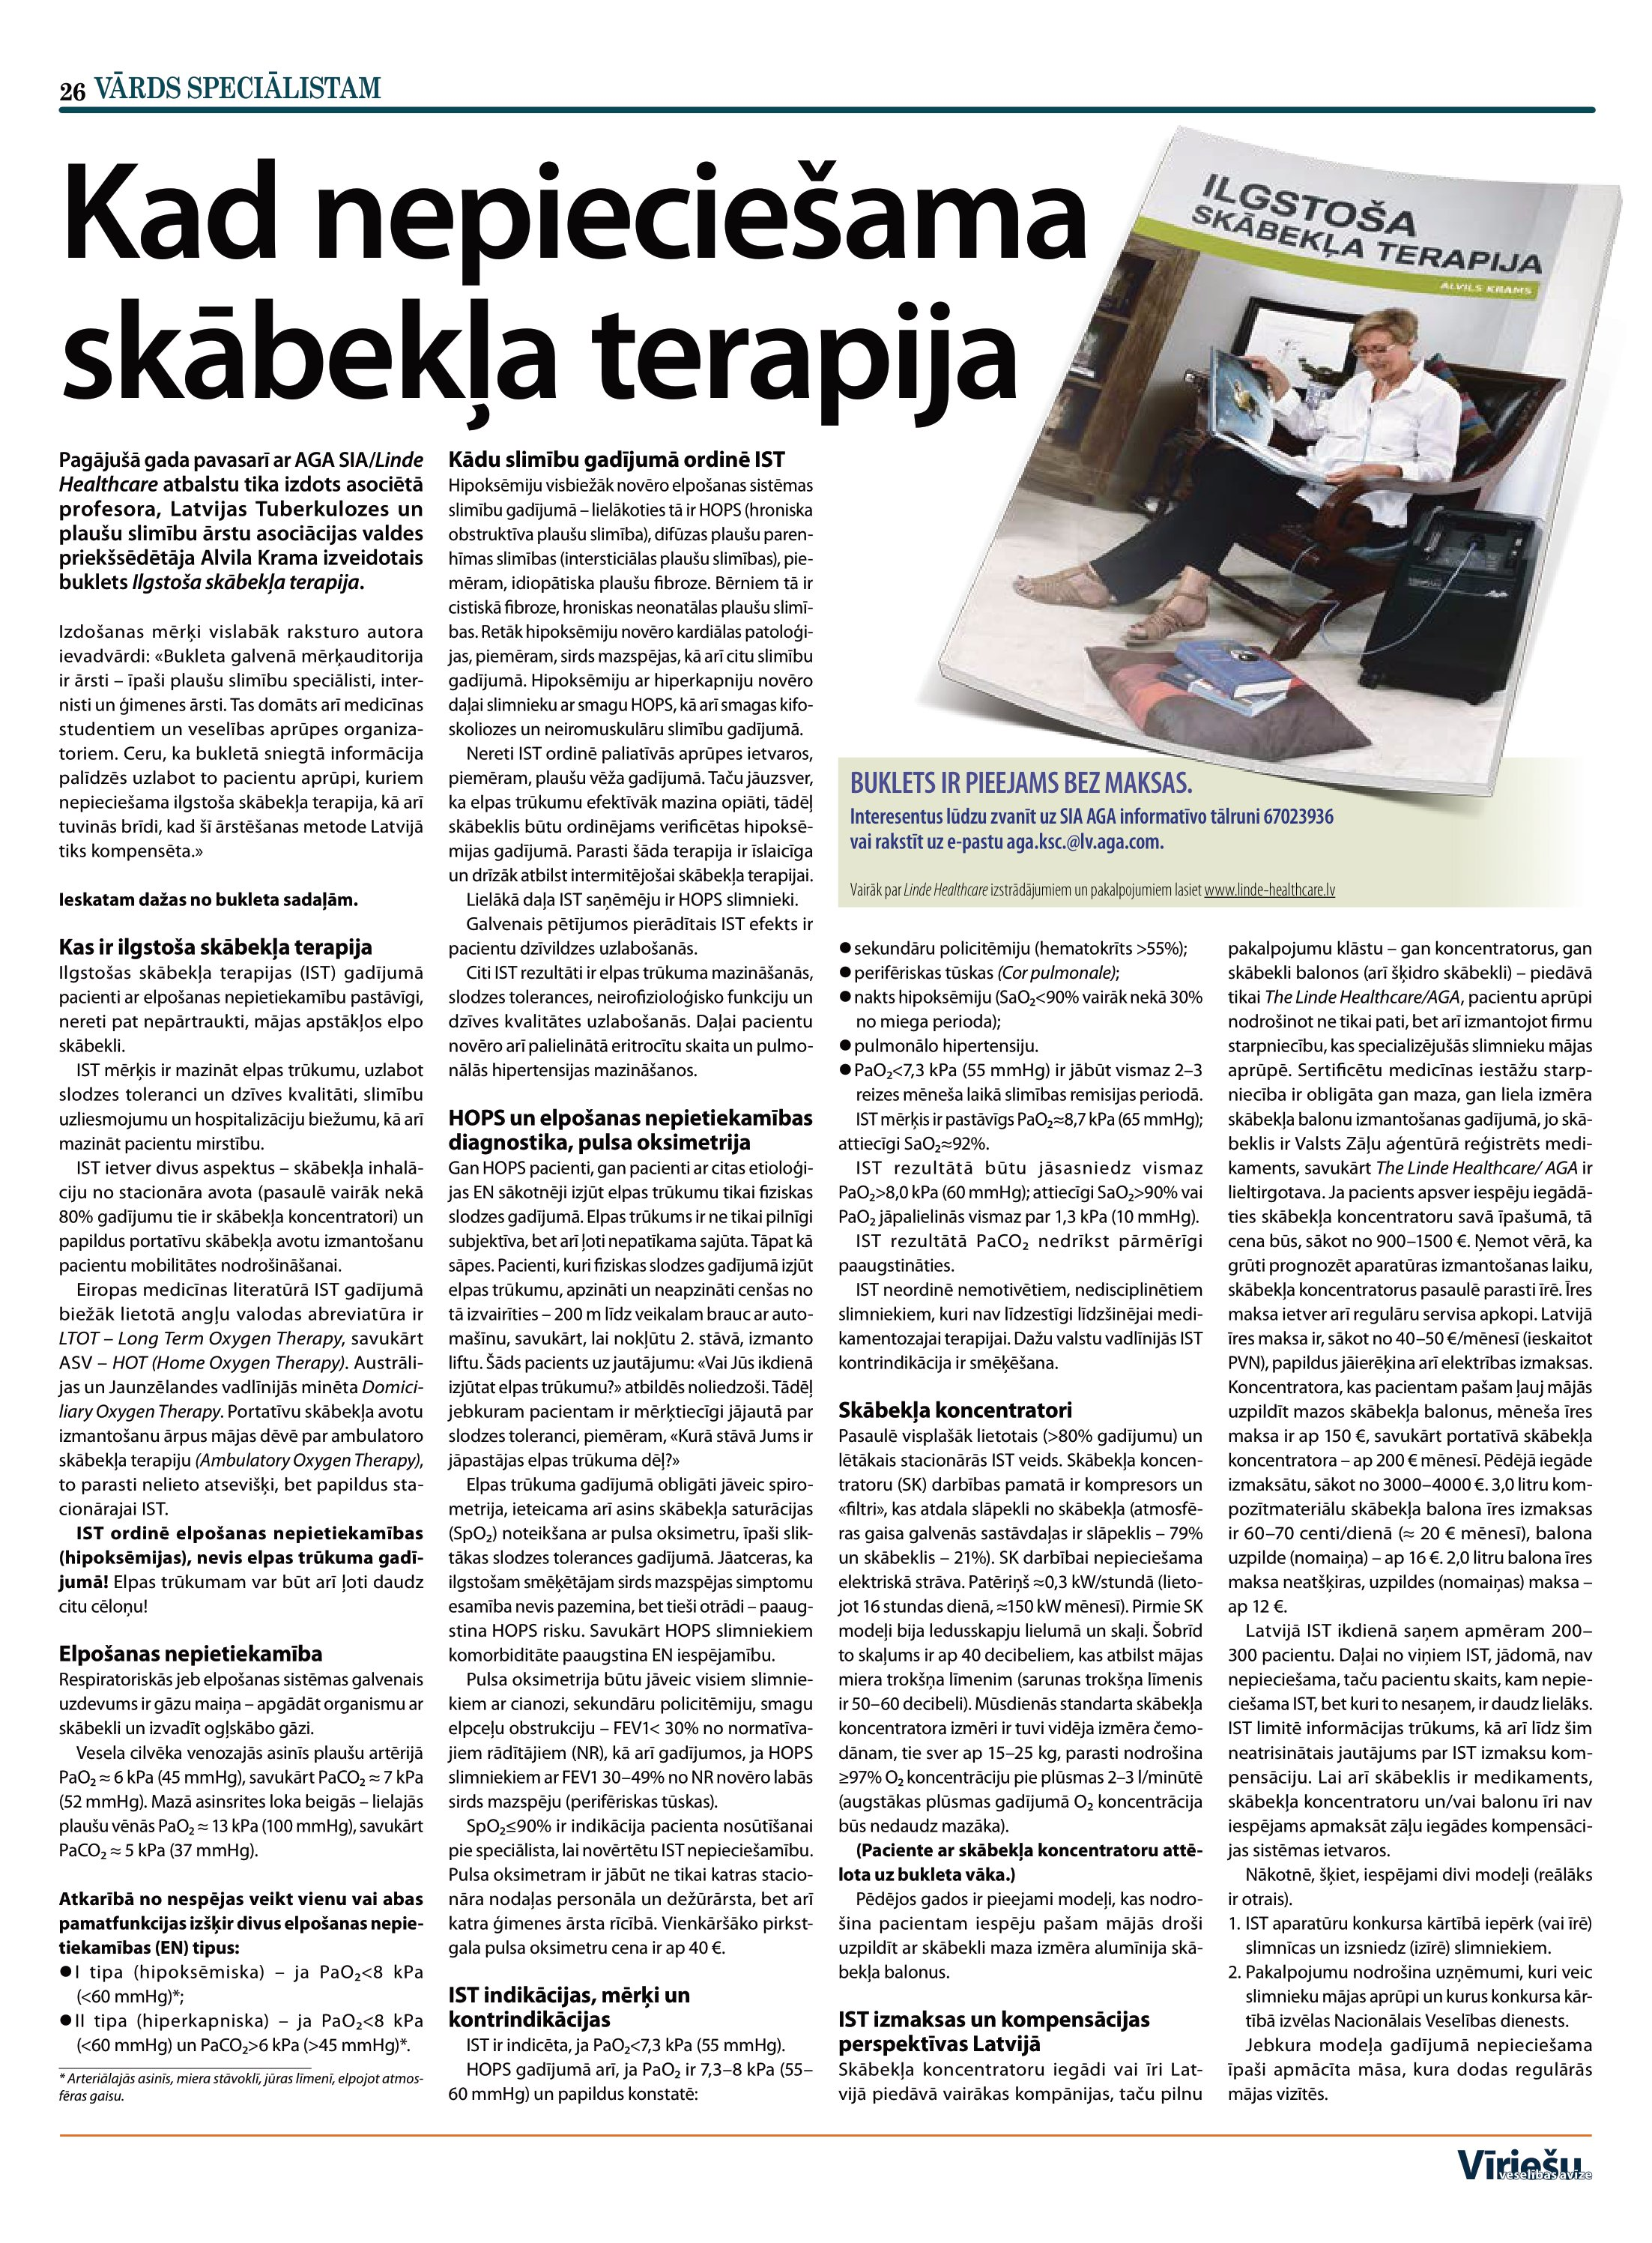
Language: lv